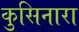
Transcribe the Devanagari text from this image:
कुसिनारा